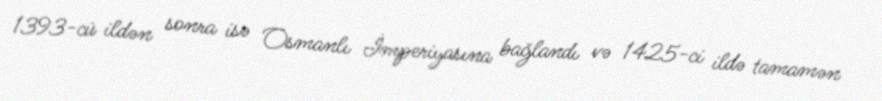
1393-cü ildən sonra isə Osmanlı İmperiyasına bağlandı və 1425-ci ildə tamamən